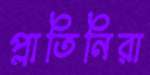
প্লাতিনিরা